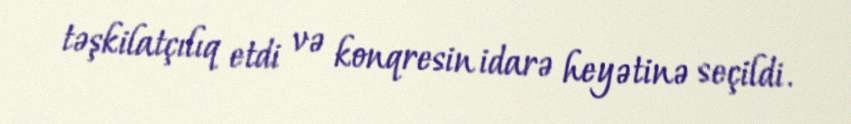
təşkilatçılıq etdi və konqresin idarə heyətinə seçildi.